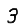
Digit: 3